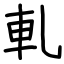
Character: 軋